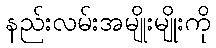
နည်းလမ်းအမျိုးမျိုးကို